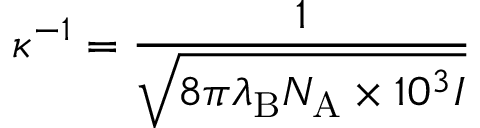
\kappa ^ { - 1 } = { \frac { 1 } { \sqrt { 8 \pi \lambda _ { \mathrm { { B } } } N _ { \mathrm { { A } } } \times 1 0 ^ { 3 } I } } }